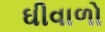
ઘીવાળો